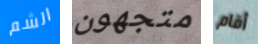
الشم متجهون أقام